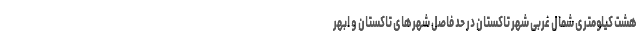
هشت کیلومتری شمال غربی شهر تاکستان در حد فاصل شهرهای تاکستان و ابهر